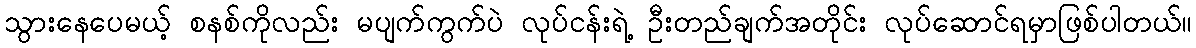
သွားနေပေမယ့် စနစ်ကိုလည်း မပျက်ကွက်ပဲ လုပ်ငန်းရဲ့ ဦးတည်ချက်အတိုင်း လုပ်ဆောင်ရမှာဖြစ်ပါတယ်။